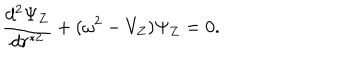
{ \frac { d ^ { 2 } \Psi _ { Z } } { d r ^ { * 2 } } } + ( \omega ^ { 2 } - V _ { Z } ) \Psi _ { Z } = 0 .